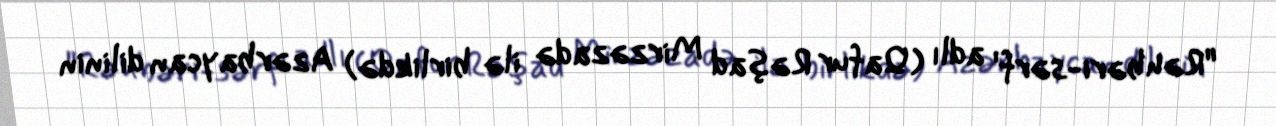
"Rəhbəri-sərf' adlı (Qafur Rəşad Mirzəzadə ilə birlikdə) Azərbaycan dilinin